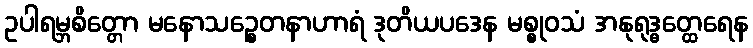
ဥပါရမ္ဘစိတ္တော မနောသဉ္စေတနာဟာရံ ဒုတိယပဒေန မစ္စုဝသံ အနုရုဒ္ဓတ္ထေရေန